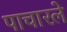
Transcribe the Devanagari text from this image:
पाचारले